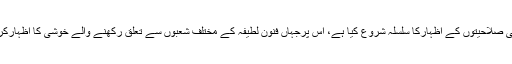
اعلیٰ تعلیم یافتہ فلم میکرز، ڈائریکٹراور فنکاروں نے جس تیزی کے ساتھ اپنی صلاحیتوں کے اظہارکا سلسلہ شروع کیا ہے، اس پرجہاں فنون لطیفہ کے مختلف شعبوں سے تعلق رکھنے والے خوشی کا اظہارکرتے ہیں، وہیں بہت سے لوگ ان کے کام میں خامیاں تلاش کرتے رہتے ہیں۔